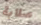
صلابة